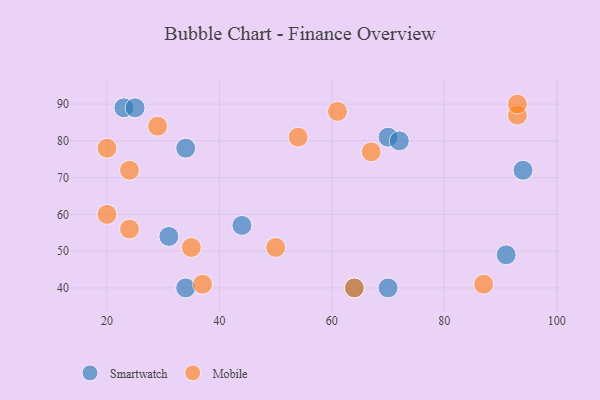
{"axis": {"x": "GDP", "y": "Life Expectancy"}, "legend": ["Mobile", "Smartwatch"], "data": [{"x": "23", "y": 89, "type": "Smartwatch"}, {"x": "44", "y": 57, "type": "Smartwatch"}, {"x": "70", "y": 81, "type": "Smartwatch"}, {"x": "70", "y": 40, "type": "Smartwatch"}, {"x": "25", "y": 89, "type": "Smartwatch"}, {"x": "34", "y": 40, "type": "Smartwatch"}, {"x": "31", "y": 54, "type": "Smartwatch"}, {"x": "91", "y": 49, "type": "Smartwatch"}, {"x": "34", "y": 78, "type": "Smartwatch"}, {"x": "64", "y": 40, "type": "Smartwatch"}, {"x": "72", "y": 80, "type": "Smartwatch"}, {"x": "94", "y": 72, "type": "Smartwatch"}, {"x": "87", "y": 41, "type": "Mobile"}, {"x": "54", "y": 81, "type": "Mobile"}, {"x": "93", "y": 87, "type": "Mobile"}, {"x": "61", "y": 88, "type": "Mobile"}, {"x": "29", "y": 84, "type": "Mobile"}, {"x": "24", "y": 72, "type": "Mobile"}, {"x": "93", "y": 90, "type": "Mobile"}, {"x": "24", "y": 56, "type": "Mobile"}, {"x": "67", "y": 77, "type": "Mobile"}, {"x": "20", "y": 60, "type": "Mobile"}, {"x": "50", "y": 51, "type": "Mobile"}, {"x": "37", "y": 41, "type": "Mobile"}, {"x": "35", "y": 51, "type": "Mobile"}, {"x": "20", "y": 78, "type": "Mobile"}, {"x": "64", "y": 40, "type": "Mobile"}]}